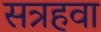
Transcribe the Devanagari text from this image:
सत्रहवा